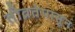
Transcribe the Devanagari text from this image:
तीव्रतेपासून